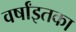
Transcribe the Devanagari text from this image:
वर्षांइतका